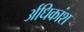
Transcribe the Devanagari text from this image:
र्अधिकांश